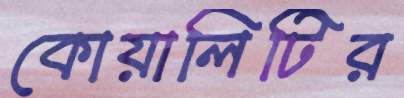
কোয়ালিটির